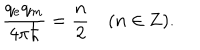
LaTeX: { \frac { q _ { e } q _ { m } } { 4 \pi \hbar } } = { \frac { n } { 2 } } ( n \in { \bf Z } ) .